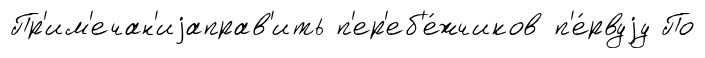
Пр'им'ечан'иjаправ'ить п'ер'еб'е́жчиков п'е́рвуjу По